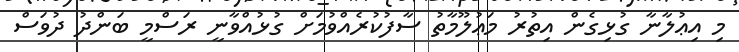
މި އިޢުލާނާ ގުޅިގެން އިތުރު މަޢުލޫމާތު ސާފުކުރެއްވުމަށް ގުޅުއްވާނީ ރަސްމީ ބަންދު ދުވަސް